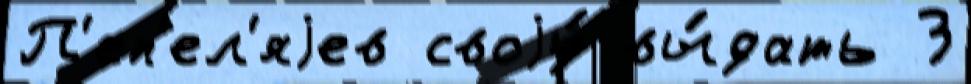
П'еп'ел'яjев своjу́ вы́дать З